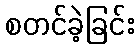
စတင်ခဲ့ခြင်း